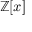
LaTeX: \mathbb { Z } [ x ]